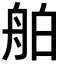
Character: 舶